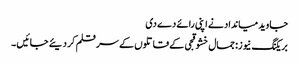
جاوید میانداد نے اپنی رائے دے دی
بریکنگ نیوز: جمال خشوقجی کے قاتلوں کے سر قلم کر دیئے جائیں ۔